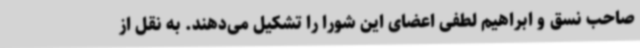
صاحب نسق و ابراهیم لطفی اعضای این شورا را تشکیل می‌دهند. به نقل از